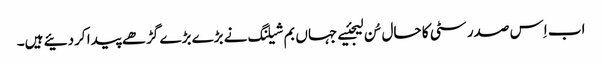
اب اِس صدر سٹی کا حال سُن لیجئیے جہاں بم شیلنگ نے بڑے بڑے گڑھے پیدا کردئیے ہیں۔